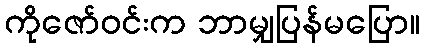
ကိုဇော်ဝင်းက ဘာမျှပြန်မပြော။